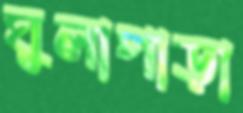
ঘুলাপাড়া